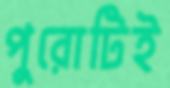
পুরোটিই